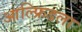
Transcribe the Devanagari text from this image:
आल्फ्रिडला